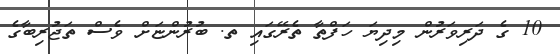
10 ގެ ދަރިވަރުން މިދިޔަ ހަފްތާ ތެރޭގައި ތ. ބުރުންޏަށް ވެސް ތަޖުރިބާގެ